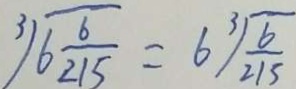
\sqrt [ 3 ] { 6 \frac { 6 } { 2 1 5 } } = 6 \sqrt [ 3 ] { \frac { 6 } { 2 1 5 } }